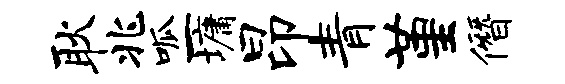
耿兆呱一墉昂青堇僭